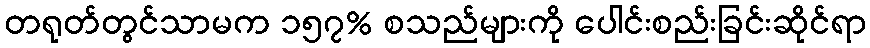
တရုတ်တွင်သာမက ၁၅၇% စသည်များကို ပေါင်းစည်းခြင်းဆိုင်ရာ